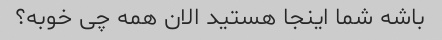
باشه شما اینجا هستید الان همه چی خوبه؟